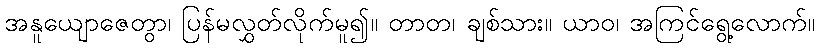
အနူယျောဇေတွာ၊ ပြန်မလွှတ်လိုက်မူ၍။ တာတ၊ ချစ်သား။ ယာဝ၊ အကြင်ရွေ့လောက်။